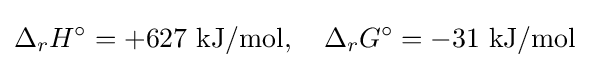
\Delta _{r}H^{\circ }=+627\ {\text{kJ/mol}},\quad \Delta _{r}G^{\circ }=-31\ {\text{kJ/mol}}